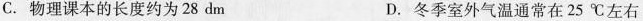
C.物理课本的长度约为28dm D.冬季室外气温通常在25℃左右